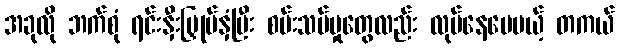
အခုလို ဘက်စုံ ရင်းနှီးမြှုပ်နှံပြီး စမ်းသပ်မှုတွေလည်း လုပ်နေပေမယ့် တကယ်